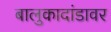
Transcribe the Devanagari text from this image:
बालुकादांडावर